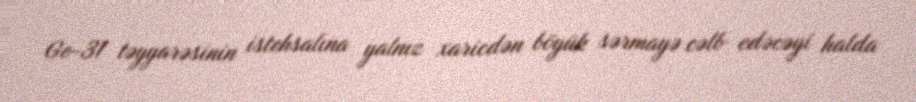
Ge-31 təyyarəsinin istehsalına yalnız xaricdən böyük sərmayə cəlb edəcəyi halda